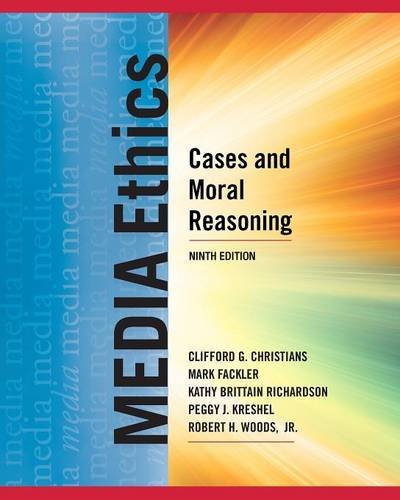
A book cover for Media Ethics: Cases and Moral Reasoning; Clifford G. Christians; Business & Money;